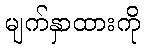
မျက်နှာထားကို